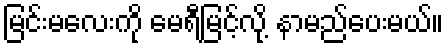
မြင်းမလေးကို မေရီမြင့်လို့ နာမည်ပေးမယ်။